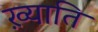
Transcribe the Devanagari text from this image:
ख़्याति